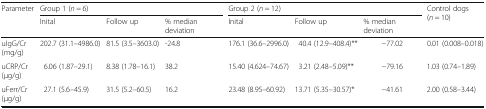
| <ROWSPAN=2> Parameter | <COLSPAN=3> Group 1 (n = 6) | <COLSPAN=3> Group 2 (n = 12) | <ROWSPAN=2> Control dogs (n = 10) |
 | Inital | Follow up | % median deviation | Inital | Follow up | % median deviation |
 | --- | --- | --- | --- | --- | --- | --- | --- |
 | uIgG/Cr (mg/g) | 202.7 (31.1–4986.0) | 81.5 (3.5–3603.0) | -24.8 | 176.1 (36.6–2996.0) | 40.4 (12.9–408.4)** | −77.02 | 0.01 (0.008–0.018) |
 | uCRP/Cr (μg/g) | 6.06 (1.87–29.1) | 8.38 (1.78–16.1) | 38.2 | 15.40 (4.624–74.67) | 3.21 (2.48–5.09)** | −79.16 | 1.03 (0.74–1.89) |
 | uFerr/Cr (μg/g) | 27.1 (5.6–45.9) | 31.5 (5.2–60.5) | 16.2 | 23.48 (8.95–60.92) | 13.71 (5.35–30.57)* | −41.61 | 2.00 (0.58–3.44) |